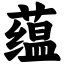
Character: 蕴